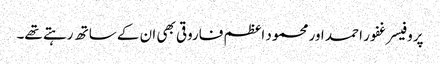
پروفیسر غفور احمد اور محمود اعظم فاروقی بھی ان کے ساتھ رہتے تھے۔